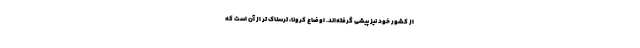
از کشور خود نیز پیشی گرفته‌اند. اوضاع کرونا، ترسناک تر از آن است که